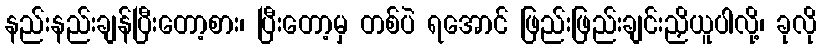
နည်းနည်းချန်ပြီးတော့စား၊ ပြီးတော့မှ တစ်ပဲ ရအောင် ဖြည်းဖြည်းချင်းညှိယူပါလို့၊ ခုလို